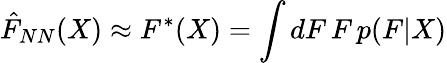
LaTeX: \hat{F}_{NN}(X)\approx F^{*}(X)=\int dF\, F\, p(F|X)